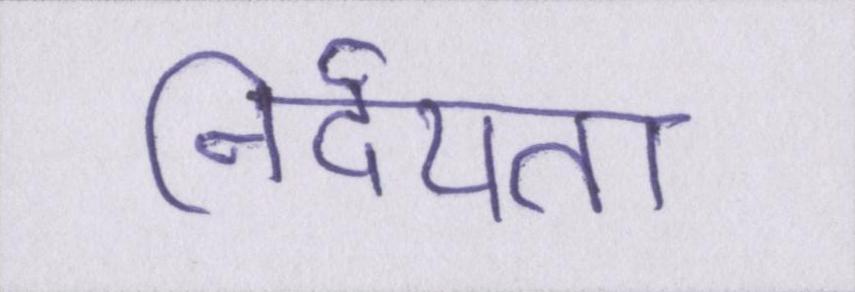
निर्दयता